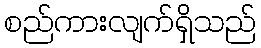
စည်ကားလျက်ရှိသည်